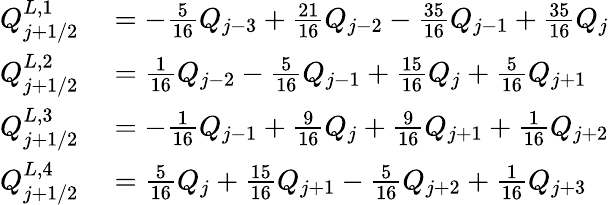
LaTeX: \begin{array}{rl}{Q_{j+1/2}^{L,1}}&{{}=-\frac{5}{16}Q_{j-3}+\frac{21}{16}Q_{j-2}-\frac{35}{16}Q_{j-1}+\frac{35}{16}Q_{j}}\\ {Q_{j+1/2}^{L,2}}&{{}=\frac{1}{16}Q_{j-2}-\frac{5}{16}Q_{j-1}+\frac{15}{16}Q_{j}+\frac{5}{16}Q_{j+1}}\\ {Q_{j+1/2}^{L,3}}&{{}=-\frac{1}{16}Q_{j-1}+\frac{9}{16}Q_{j}+\frac{9}{16}Q_{j+1}+\frac{1}{16}Q_{j+2}}\\ {Q_{j+1/2}^{L,4}}&{{}=\frac{5}{16}Q_{j}+\frac{15}{16}Q_{j+1}-\frac{5}{16}Q_{j+2}+\frac{1}{16}Q_{j+3}}\end{array}